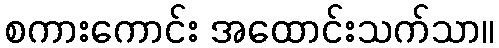
စကားကောင်း အထောင်းသက်သာ။